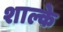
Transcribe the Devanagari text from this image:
शाल्के